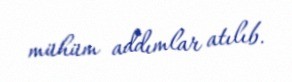
mühüm addımlar atılıb.